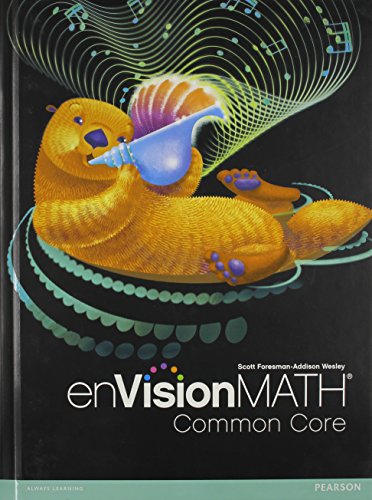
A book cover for enVision Math Common Core, Grade 3; Scott Foresman; Education & Teaching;